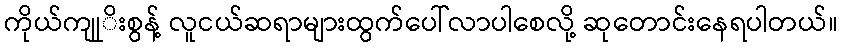
ကိုယ်ကျုုိးစွန့် လူငယ်ဆရာများထွက်ပေါ်လာပါစေလို့ ဆုတောင်းနေရပါတယ်။